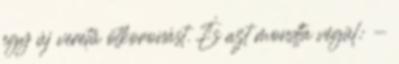
egy új veretű ötkoronást. És azt mondta végül: -